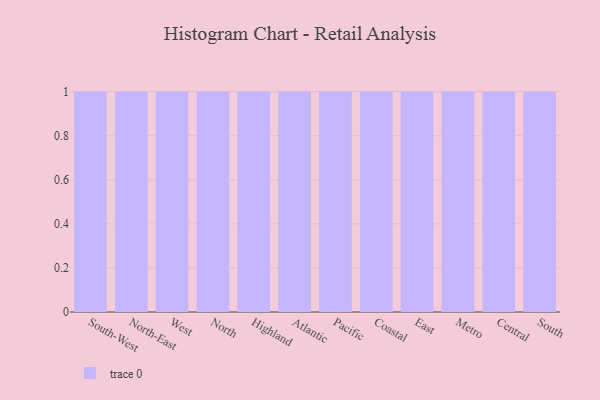
{"axis": {"x": "Region", "y": "Bounce Rate (%)"}, "legend": [""], "data": [{"x": "South-West", "y": 56, "type": ""}, {"x": "North-East", "y": 11, "type": ""}, {"x": "West", "y": 54, "type": ""}, {"x": "North", "y": 51, "type": ""}, {"x": "Highland", "y": 100, "type": ""}, {"x": "Atlantic", "y": 96, "type": ""}, {"x": "Pacific", "y": 91, "type": ""}, {"x": "Coastal", "y": 46, "type": ""}, {"x": "East", "y": 39, "type": ""}, {"x": "Metro", "y": 91, "type": ""}, {"x": "Central", "y": 14, "type": ""}, {"x": "South", "y": 35, "type": ""}]}